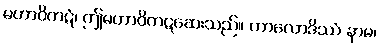
မဟာဝိကဋံ၊ ဤမဟာဝိကဋဆေးသည်။ ကာလောဒိဿံ နာမ၊